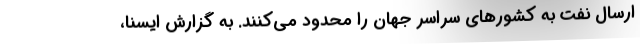
ارسال نفت به کشورهای سراسر جهان را محدود می‌کنند. به گزارش ایسنا،